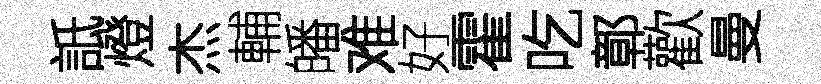
詆燈杰輔皤难好霍吃鄣歡曼